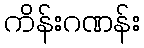
ကိန်းဂဏန်း